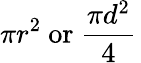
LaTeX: \pi r^{2}\ {\mathrm{or}}\ {\frac{\pi d^{2}}{4}}\,